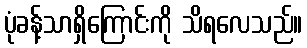
ပုံခန့်သာရှိကြောင်းကို သိရလေသည်။